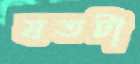
যতটা